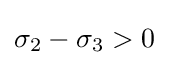
\sigma _{2}-\sigma _{3}>0